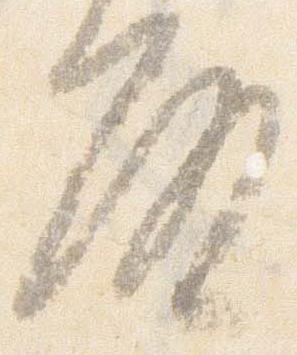
殿